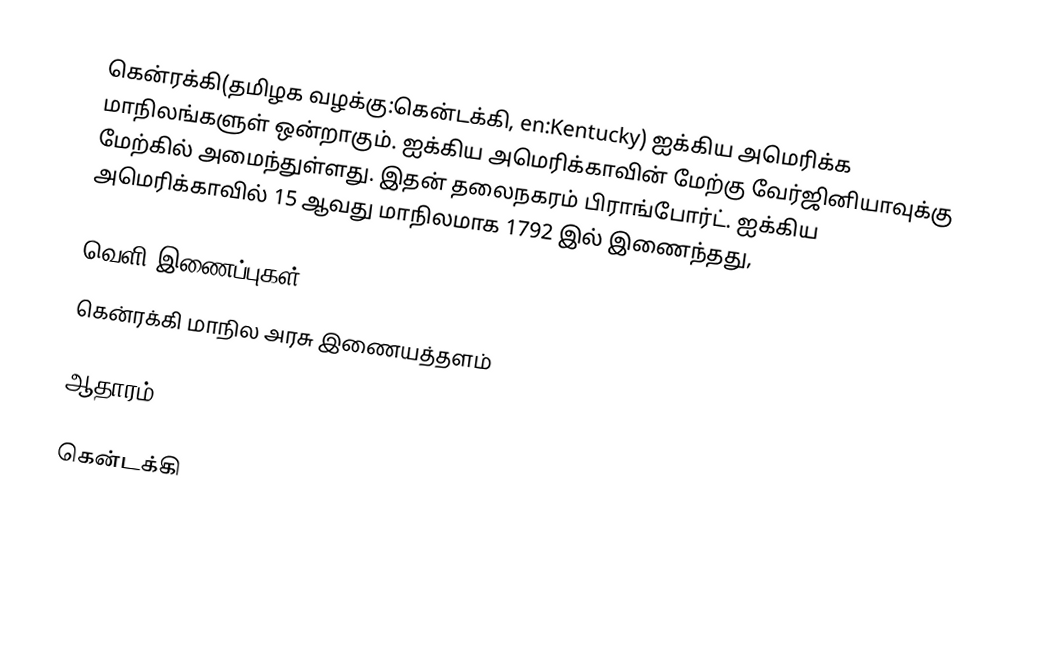
கென்ரக்கி(தமிழக வழக்கு:கென்டக்கி, en:Kentucky) ஐக்கிய அமெரிக்க மாநிலங்களுள் ஒன்றாகும். ஐக்கிய அமெரிக்காவின் மேற்கு வேர்ஜினியாவுக்கு மேற்கில் அமைந்துள்ளது. இதன் தலைநகரம் பிராங்போர்ட். ஐக்கிய அமெரிக்காவில் 15 ஆவது மாநிலமாக 1792 இல் இணைந்தது,

வெளி இணைப்புகள்
 கென்ரக்கி மாநில அரசு இணையத்தளம்

ஆதாரம்

கென்டக்கி